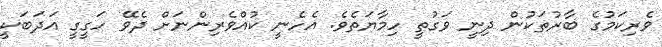
ވެރިކަމުގެ ބާރުތަކުން ދިނީ ވަގުތީ ހިމާޔަތެވެ. އެހެނީ ކުއްވެރިންނަށް ދެވޭ ހަގީގީ އަދަބަކީ